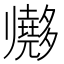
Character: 𱘫